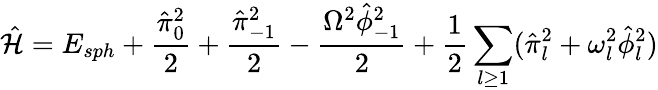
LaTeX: \hat{\cal H}=E_{sph}+{\frac{\hat{\pi}_{0}^{2}}{2}}+{\frac{\hat{\pi}_{-1}^{2}}{2}}-{\frac{\Omega^{2}\hat{\phi}_{-1}^{2}}{2}}+{\frac{1}{2}}\sum_{l\ge 1}(\hat{\pi}_{l}^{2}+\omega_{l}^{2}\hat{\phi}_{l}^{2})